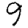
Digit: 9